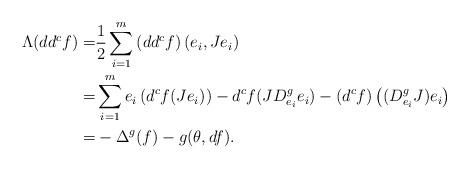
LaTeX: \begin{align*}\Lambda(dd^cf)=&\frac{1}{2}\sum_{i=1}^m\left(dd^cf\right)(e_i,Je_i)\\=&\sum_{i=1}^m e_i\left(d^cf(Je_i)\right)-d^cf(JD^g_{e_i}e_i)-\left(d^cf\right)\left((D^g_{e_i}J)e_i\right)\\=&-\Delta^g(f) - g(\theta,df).\end{align*}